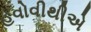
હવોવીથીએ